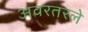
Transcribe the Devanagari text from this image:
अवरतरले